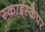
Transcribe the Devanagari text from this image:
स्काईस्कैपर